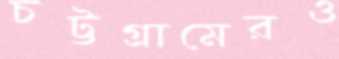
চট্টগ্রামেরও